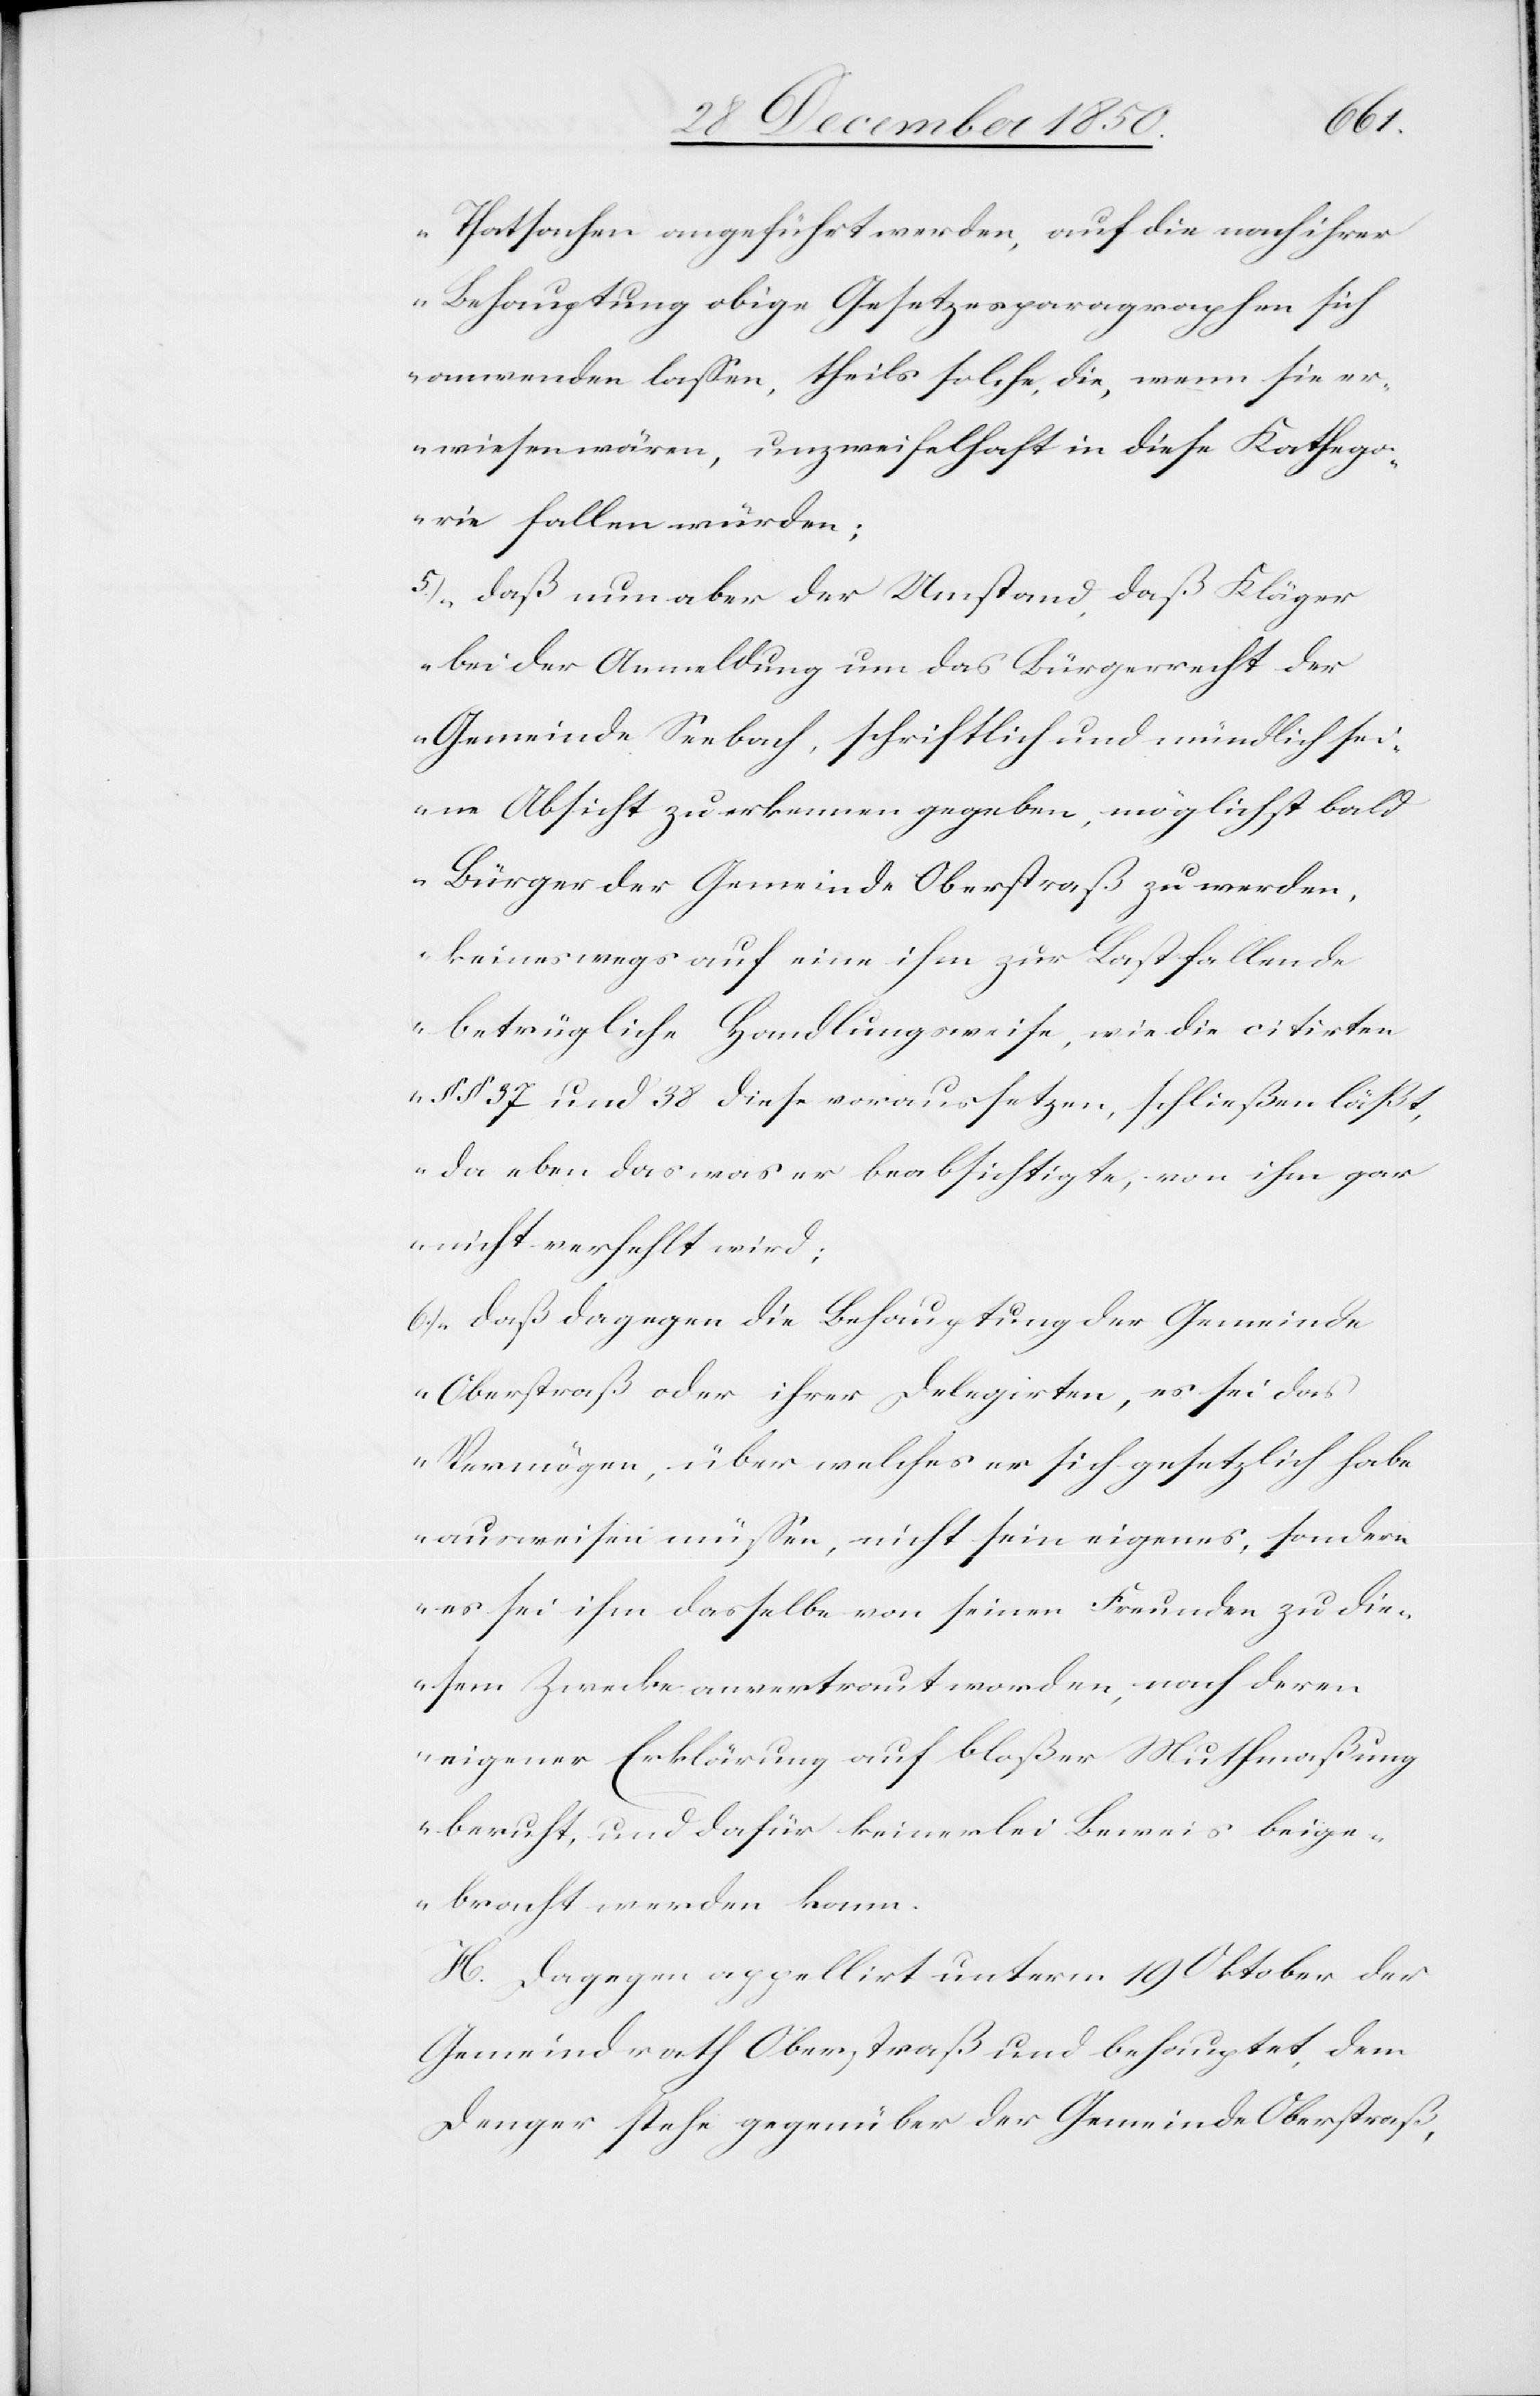
Thatsachen angeführt werden, auf die nach ihrer
Behauptung obige Gesetzesparagraphen sich
anwenden lassen, theils solche, die, wenn sie er¬
wiesen wären, unzweifelhaft in diese Kathego¬
rie fallen würden;
5.) daß nun aber der Umstand, daß Kläger
bei der Anmeldung um das Bürgerrecht der
Gemeinde Seebach, schriftlich und mündlich se¬
ine Absicht zu erkennen gegeben, möglichst bald
Bürger der Gemeinde Oberstraß zu werden,
keineswegs auf eine ihm zur Last fallende
betrügliche Handlungsweise, wie die citirten
§ § 37 und 38 diese voraussetzen, schließen läßt,
da eben das was er beabsichtigte, von ihm gar
nicht verfehlt wird;
6.) daß dagegen die Behauptung der Gemeinde
Oberstraß oder ihrer Delegirten, es sei das
Vermögen, über welches er sich gesetzlich habe
ausweisen müssen, nicht sein eigenes, sondern
es sei ihm dasselbe von seinen Freunden zu die¬
sem Zwecke anvertraut worden, nach deren
eigener Erklärung auf bloßer Muthmaßung
beruht, und dafür keinerlei Beweis beige¬
bracht werden kann.
H. Dagegen appellirt unterm 19 Oktober der
Gemeindrath Oberstraß und behauptet, dem
Denger stehe gegenüber der Gemeinde Oberstraß,